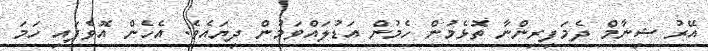
އޭރު ޝިނާމް ދެމަފިރިންނާ ތޮޅެމުން ހެމުން އަޑުލައްވަމުން ދިޔައެވެ. އެހެން އޮވެފައި ހަމަ